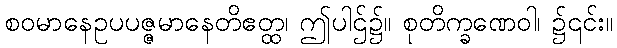
စဝမာနေဥပပဇ္ဇမာနေတိဧတ္ထ၊ ဤပါဌ်၌။ စုတိက္ခဏေဝါ၊ ၌၎င်း။